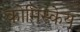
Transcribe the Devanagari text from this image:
कोमिस्केय